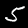
Label: 5